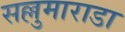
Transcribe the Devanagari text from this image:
सल्लुमाराडा